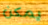
يمكن